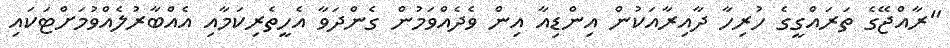
"ރާއްޖޭގެ ތަރައްގީގެ ހުރިހާ ދާއިރާއަކުން އިންޑިއާ އިން ވެދެއްވަމުން ގެންދަވާ އެހީތެރިކަމާއި އެއްބާރުލެއްވުމަށްޓަކައި